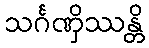
သင်္ဂဏှိဿန္တိ